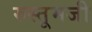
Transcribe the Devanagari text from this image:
रुस्तूमजी